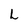
Character: L